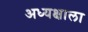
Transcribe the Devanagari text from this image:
अध्यक्षाला